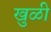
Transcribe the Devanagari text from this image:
खुळी